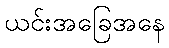
ယင်းအခြေအနေ